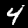
Digit: 4